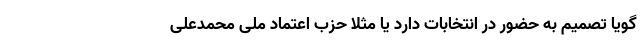
گویا تصمیم به حضور در انتخابات دارد یا مثلا حزب اعتماد ملی محمدعلی